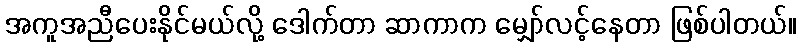
အကူအညီပေးနိုင်မယ်လို့ ဒေါက်တာ ဆာကာက မျှော်လင့်နေတာ ဖြစ်ပါတယ်။